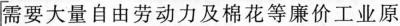
[需要大量自由劳动力及棉花等廉价工业原